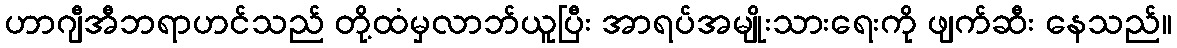
ဟာဂျီအီဘရာဟင်သည် တို့ထံမှလာဘ်ယူပြီး အာရပ်အမျိုးသားရေးကို ဖျက်ဆီး နေသည်။